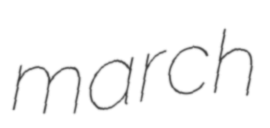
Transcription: march